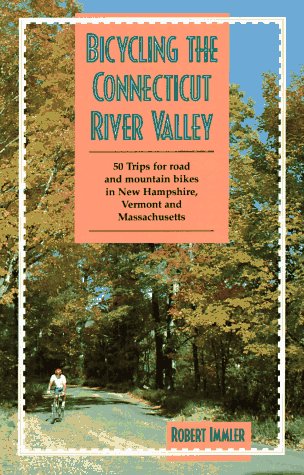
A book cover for Bicycling the Connecticut River Valley: 50 Trips for Road and Mountain Bikes in New Hampshire, Vermont and Massachusetts; Robert Immler; Travel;